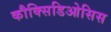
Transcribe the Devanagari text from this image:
कौक्सिडिओसिस